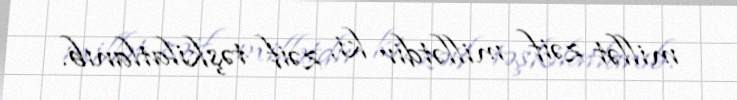
millət zəif millətdir ki, zəif təşkilatlanıb.